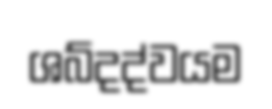
ශබ්දද්වයම